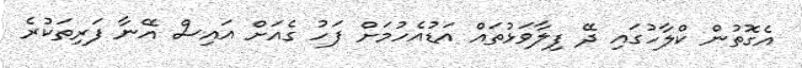
އެގޮތުން ކްލާހުގައި ދޭ ފިލާވަޅުތައް އަޑުއެހުމަށް ފަހު ގެއަށް އައިސް އޭނާ ފަރިތަކުރެ